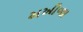
મખીજા